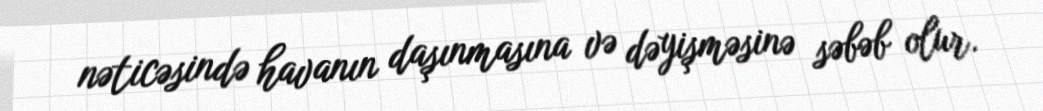
nəticəsində havanın daşınmasına və dəyişməsinə səbəb olur.